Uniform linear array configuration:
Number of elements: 16
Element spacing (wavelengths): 1
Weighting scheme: blackman
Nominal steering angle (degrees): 0
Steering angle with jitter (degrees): -1.146
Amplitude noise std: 0.05
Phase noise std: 0.05

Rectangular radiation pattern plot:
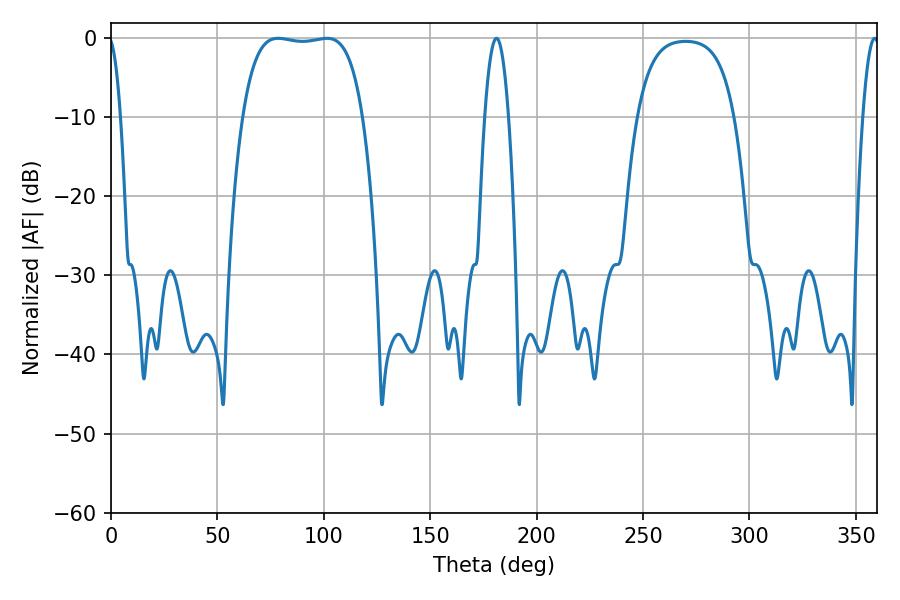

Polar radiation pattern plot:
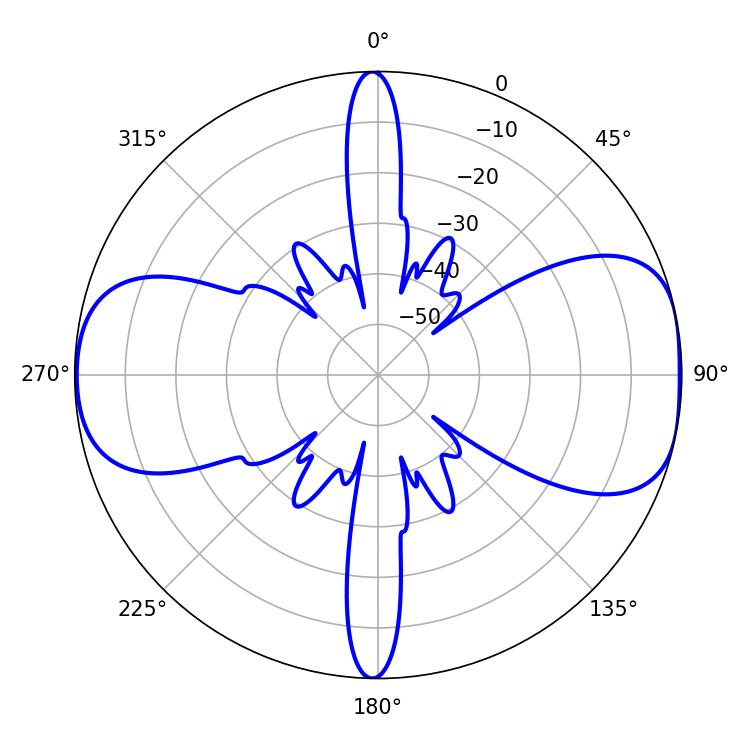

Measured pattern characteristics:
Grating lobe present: TRUE
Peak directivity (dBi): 9.137
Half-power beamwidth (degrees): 44.64
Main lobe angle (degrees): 78.48